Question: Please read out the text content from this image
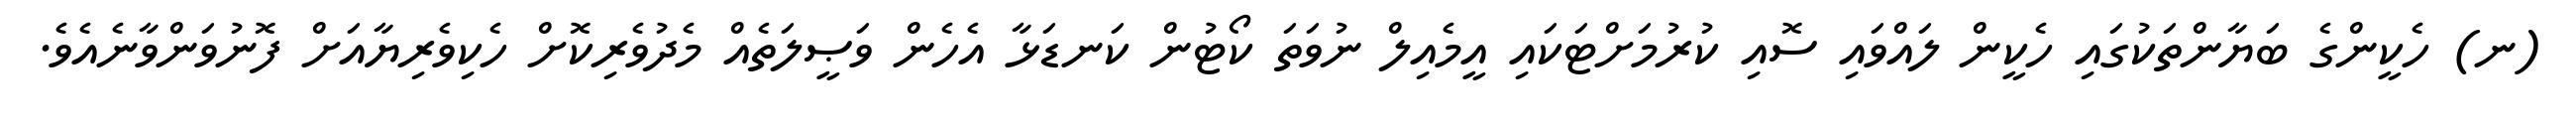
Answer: (ނ) ހެކީންގެ ބަޔާންތަކުގައި ހެކީން ލައްވައި ސޮއި ކުރުމަށްޓަކައި އީމެއިލް ނުވަތަ ކޯޓުން ކަނޑަޅާ އެހެން ވަޞީލަތެއް މެދުވެރިކޮށް ހެކިވެރިޔާއަށް ފޮނުވަންވާނެއެވެ.